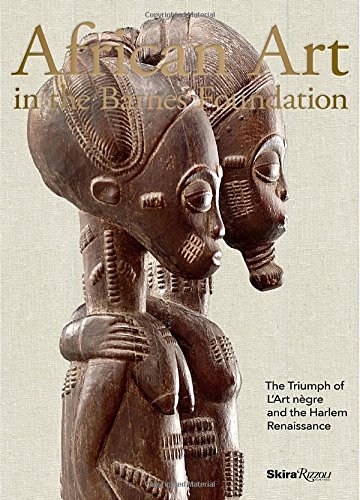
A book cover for African Art in the Barnes Foundation: The Triumph of L'Art Negre and the Harlem Renaissance; Christa Clarke; Arts & Photography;